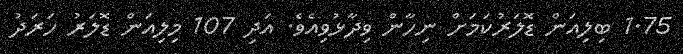
1.75 ބިލިއަން ޑޮލަރުކަމަށް ނިހާން ވިދާޅުވިއެވެ. އަދި 107 މިލިއަން ޑޮލަރު ހަރަދު